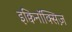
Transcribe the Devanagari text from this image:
इक्विनॉक्सिज़